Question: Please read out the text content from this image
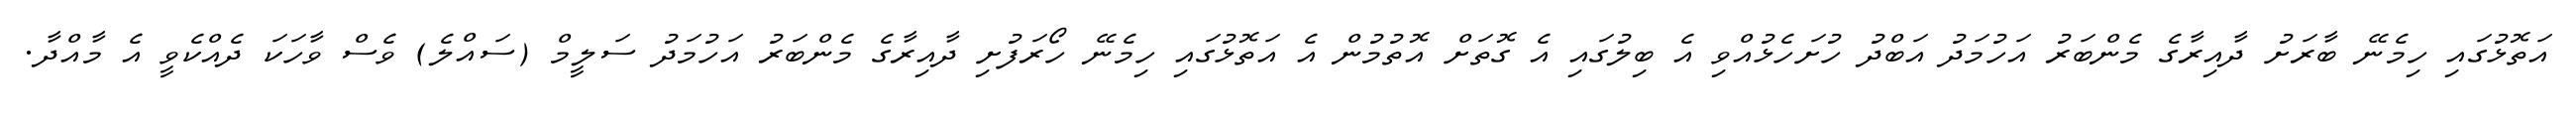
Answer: އަތޮޅުގައި ހިމެނޭ ބާރަށު ދާއިރާގެ މެންބަރު އަހުމަދު އަބްދު ހުށަހެޅުއްވި އެ ބިލުގައި އެ ގޮތަށް އޮތުމުން އެ އަތޮޅުގައި ހިމެނޭ ހޯރަފުށި ދާއިރާގެ މެންބަރު އަހުމަދު ސަލީމް (ސައްލެ) ވެސް ވާހަކަ ދެއްކެވީ އެ މާއްދާ.